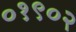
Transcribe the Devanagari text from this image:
०१९०२